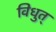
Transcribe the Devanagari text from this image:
विधुत्